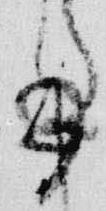
事